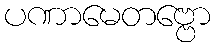
ပဏာမေတဗ္ဗော